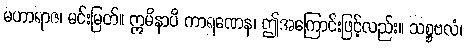
မဟာရာဇ၊ မင်းမြတ်။ ဣမိနာပိ ကာရဏေန၊ ဤအကြောင်းဖြင့်လည်း။ သစ္စဗလံ၊